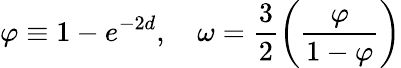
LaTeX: \varphi\equiv 1-e^{-2d},\quad\omega=\frac{3}{2}\left(\frac{\varphi}{1-\varphi}\right)